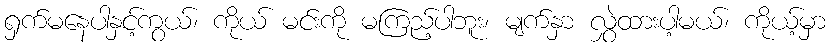
ရှက်မနေပါနှင့်ကွယ်၊ ကိုယ် မင်းကို မကြည့်ပါဘူး၊ မျက်နှာ လွှဲထားပါ့မယ်၊ ကိုယ့်မှာ